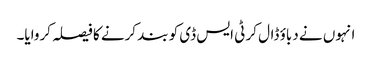
انہوں نے دباؤ ڈال کر ٹی ایس ڈی کو بند کرنے کا فیصلہ کروایا۔